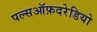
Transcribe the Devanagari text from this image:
पल्सऑफ़दरेडियो